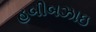
હબીબઝાઇ